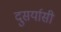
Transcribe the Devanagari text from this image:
दुसर्यासी